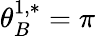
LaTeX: \theta_{B}^{1,*}=\pi